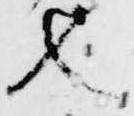
也